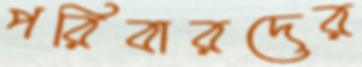
পরিবারদের